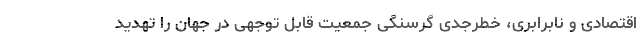
اقتصادی و نابرابری، خطرجدی گرسنگی جمعیت قابل توجهی در جهان را تهدید